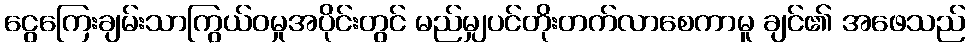
ငွေကြေးချမ်းသာကြွယ်ဝမှုအပိုင်းတွင် မည်မျှပင်တိုးတက်လာစေကာမူ ချင်၏ အဖေသည်